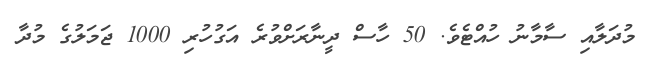
މުދަލާއި ސާމާނު ހުއްޓެވެ. 50 ހާސް ދީނާރަށްވުރެ އަގުހުރި 1000 ޖަމަލުގެ މުދާ